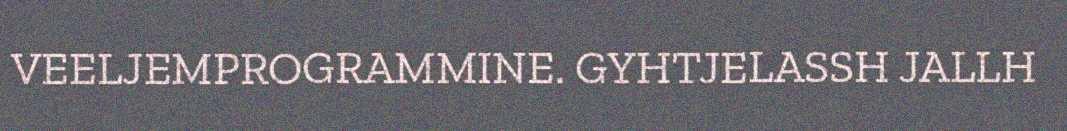
VEELJEMPROGRAMMINE. GYHTJELASSH JALLH